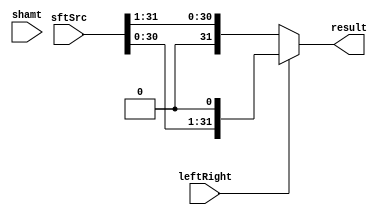
module Shifter( result, leftRight, shamt, sftSrc  );
    
  output wire[31:0] result;

  input wire leftRight;
  input wire[4:0] shamt;
  input wire[31:0] sftSrc;
  
  wire l, r;
  
  assign result = (leftRight == 1'b0) ? {1'b0, sftSrc[31:1]} : {sftSrc[30:0], 1'b0};  
 
endmodule